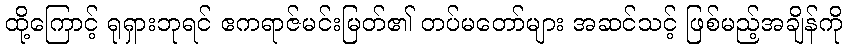
ထို့ကြောင့် ရုရှားဘုရင် ဧကရာဇ်မင်းမြတ်၏ တပ်မတော်များ အဆင်သင့် ဖြစ်မည့်အချိန်ကို